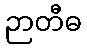
ဉာတီဓ